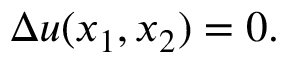
\Delta u ( x _ { 1 } , x _ { 2 } ) = 0 .